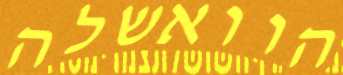
הוואשלה